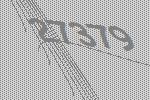
27379